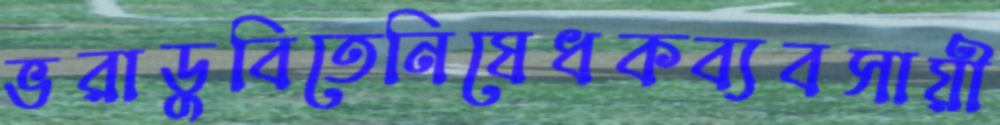
ভরাডুবিতেনিষেধকব্যবসায়ী